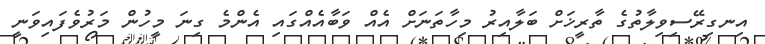
އިނގިރޭސިވިލާތުގެ ތާރީޚަށް ބަލާއިރު މިހާތަނަށް އެއް ވަބާއެއްގައި އެންމެ ގިނަ މީހުން މަރުވެފައިވަނީ